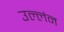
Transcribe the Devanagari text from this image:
उल्लंन